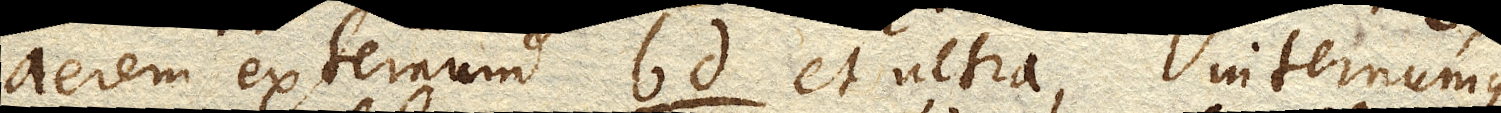
aerem externum bd et ultra, internumque